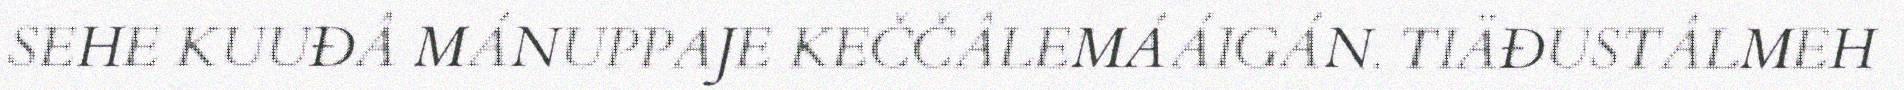
SEHE KUUĐÂ MÁNUPPAJE KEČČÂLEMÁÁIGÁN. TIÄĐUSTÂLMEH